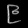
Digit: ၉